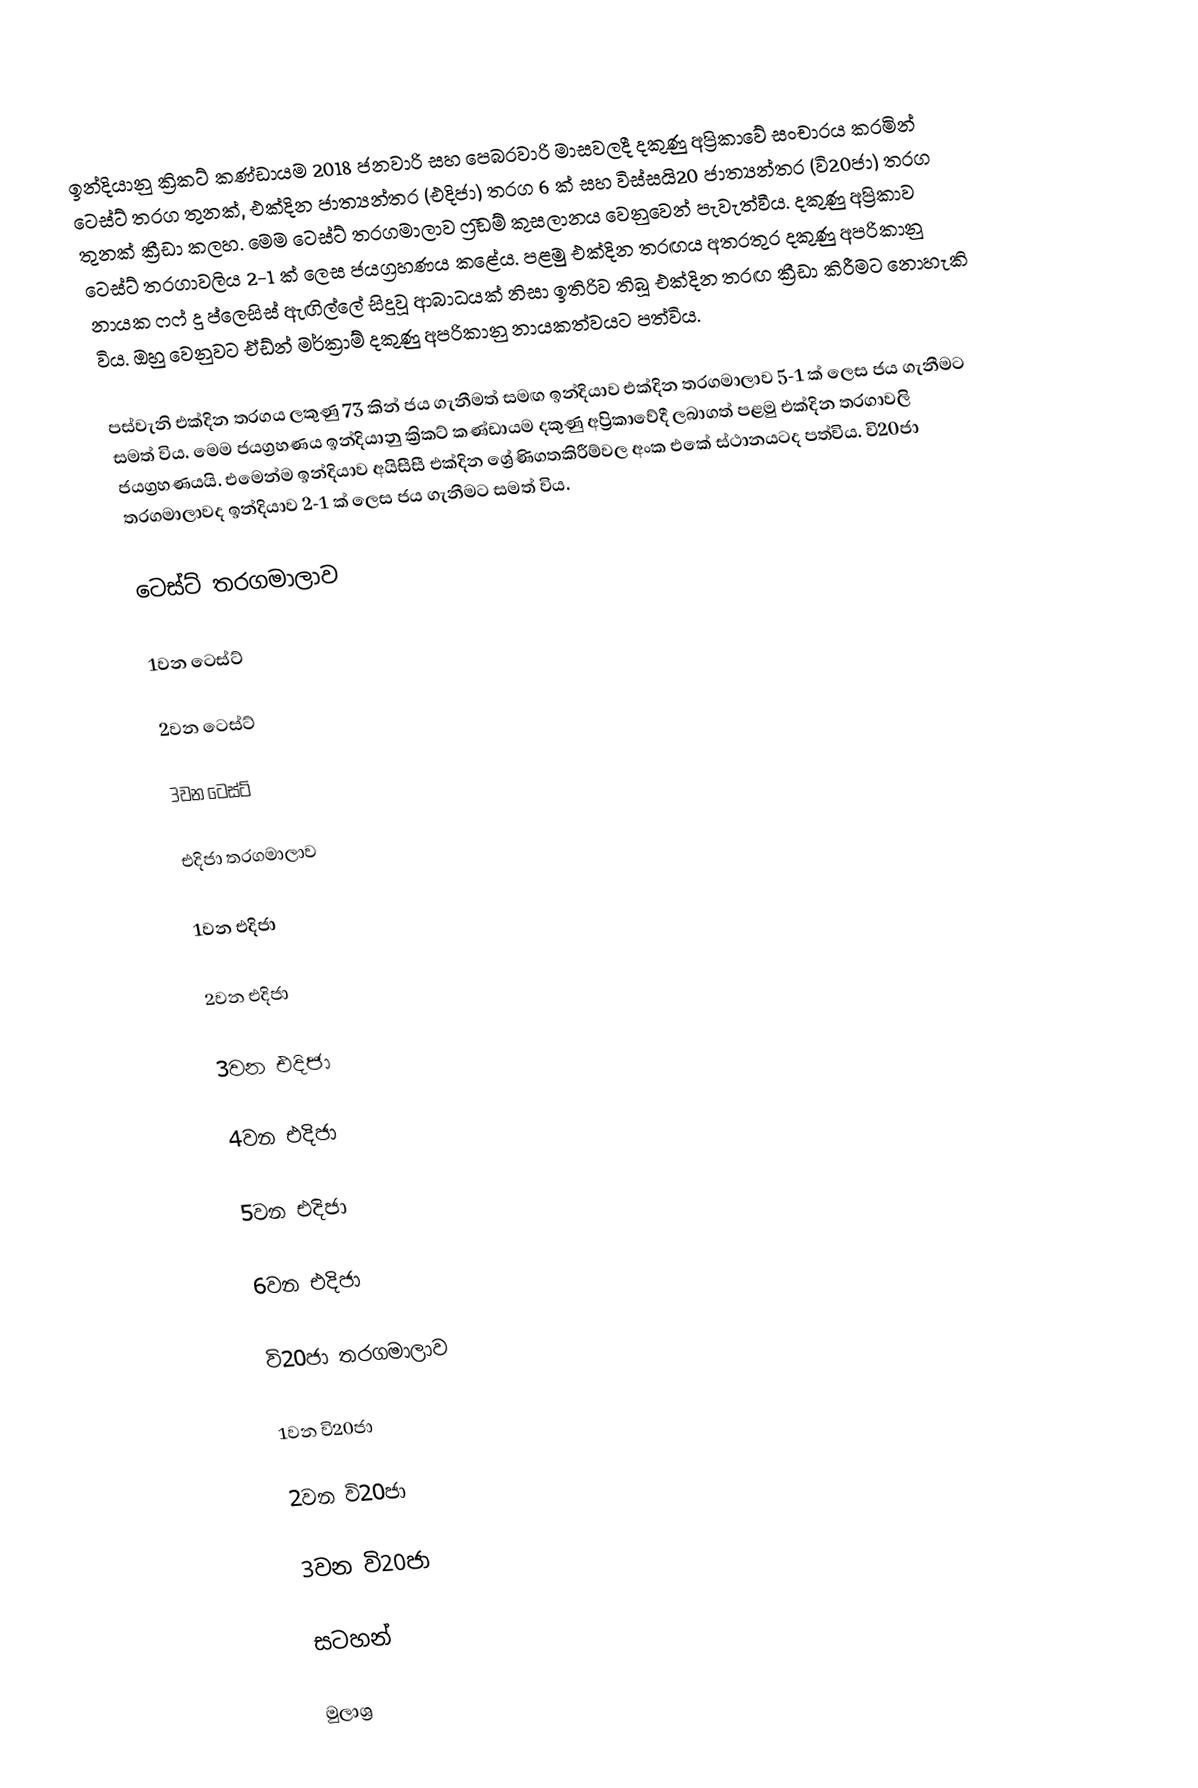
ඉන්දියානු ක්‍රිකට් කණ්ඩායම 2018 ජනවාරි සහ පෙබරවාරි මාසවලදී දකුණු අප්‍රිකාවේ සංචාරය කරමින් ටෙස්ට් තරග තුනක්, එක්දින ජාත්‍යන්තර (එදිජා) තරග 6 ක් සහ විස්සයි20 ජාත්‍යන්තර (වි20ජා) තරග තුනක් ක්‍රීඩා කලහ. මෙම ටෙස්ට් තරගමාලාව ෆ්‍රීඩම් කුසලානය වෙනුවෙන් පැවැත්වීය. දකුණු අප්‍රිකාව ටෙස්ට් තරගාවලිය 2-1 ක් ලෙස ජයග්‍රහණය කළේය. පළමු එක්දින තරඟය අතරතුර දකුණු අප‍්‍රිකානු නායක ෆෆ් දු ප්ලෙසිස් ඇඟිල්ලේ සිදුවූ ආබාධයක් නිසා ඉතිරිව තිබූ එක්දින තරඟ ක්‍රීඩා කිරීමට නොහැකි විය. ඔහු වෙනුවට ඒඩ්න් මර්ක්‍රාම් දකුණු අප‍්‍රිකානු නායකත්වයට පත්විය.

පස්වැනි එක්දින තරගය ලකුණු 73 කින් ජය ගැනීමත් සමඟ ඉන්දියාව එක්දින තරගමාලාව 5-1 ක් ලෙස ජය ගැනීමට සමත් විය. මෙම ජයග්‍රහණය ඉන්දියානු ක්‍රිකට් කණ්ඩායම දකුණු අප්‍රිකාවේදී ලබාගත් පළමු එක්දින තරගාවලි ජයග්‍රහණයයි. එමෙන්ම ඉන්දියාව අයිසීසී එක්දින ශ්‍රේණිගතකිරීම්වල අංක එකේ ස්ථානයටද පත්විය. වි20ජා තරගමාලාවද ඉන්දියාව 2-1 ක් ලෙස ජය ගැනීමට සමත් විය.

ටෙස්ට් තරගමාලාව

1වන ටෙස්ට්

2වන ටෙස්ට්

3වන ටෙස්ට්

එදිජා තරගමාලාව

1වන එදිජා

2වන එදිජා

3වන එදිජා

4වන එදිජා

5වන එදිජා

6වන එදිජා

වි20ජා තරගමාලාව

1වන වි20ජා

2වන වි20ජා

3වන වි20ජා

සටහන්

මුලාශ්‍ර